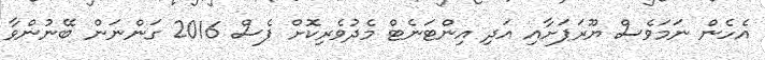
އެހެން ނަމަވެސް ޔޫރަޕަށާއި އަދި އިންޓަނެޓް މެދުވެރިކޮށް ޕެސް 2016 ގަންނަން ބޭނުންވާ